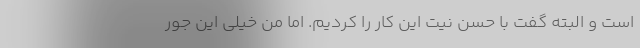
است و البته گفت با حسن نیت این کار را کردیم. اما من خیلی این جور